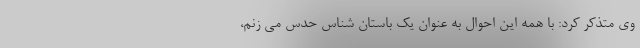
وی متذکر کرد: با همه این احوال به عنوان یک باستان شناس حدس می زنم،